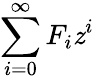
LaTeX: \sum_{i=0}^{\infty}F_{i}\mathit{z}^{i}